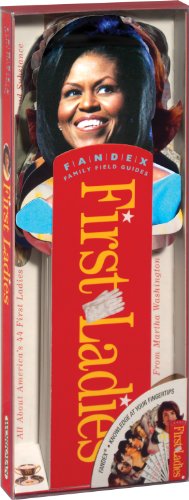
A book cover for Fandex Family Field Guides: First Ladies; Fandex Family Field Guides; Children's Books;